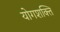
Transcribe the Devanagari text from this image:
योगशक्‍ति